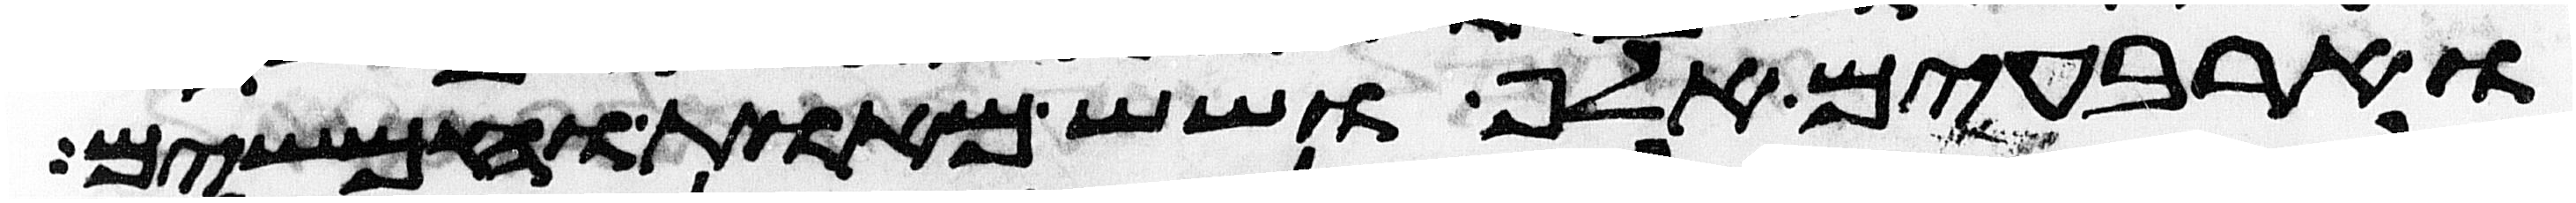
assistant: וארבעים אלף ושש מאות וחמשים